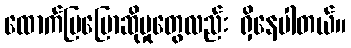
ထောက်ပြပြောဆိုမှုတွေလည်း ရှိနေပါတယ်။